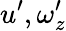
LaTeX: u^{\prime},\omega_{z}^{\prime}